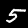
Digit: 5